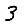
Digit: 3